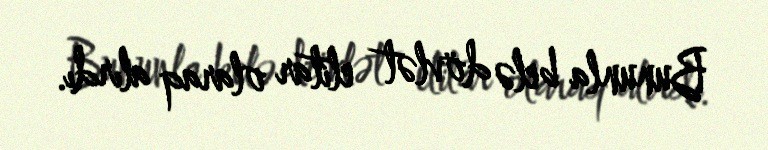
Bununla belə dövlət elitar olaraq alırdı.